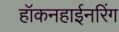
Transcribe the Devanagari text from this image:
हॉकनहाईनरिंग